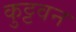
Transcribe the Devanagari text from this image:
कुट्टवन